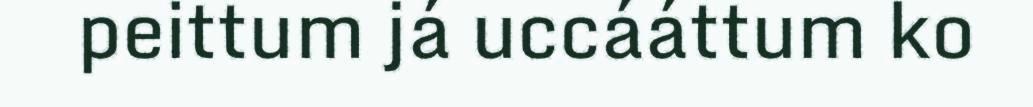
peittum já uccááttum ko